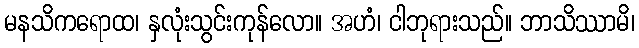
မနသိကရောထ၊ နှလုံးသွင်းကုန်လော။ အဟံ၊ ငါဘုရားသည်။ ဘာသိဿာမိ၊